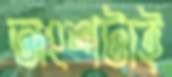
অংশটাই